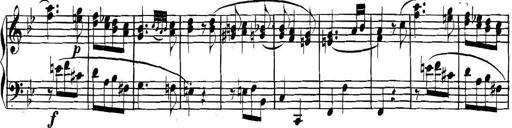
Title: Collected Piano Sonatas
Composer: Muzio Clementi